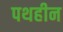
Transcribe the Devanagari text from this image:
पथहीन